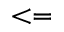
< =